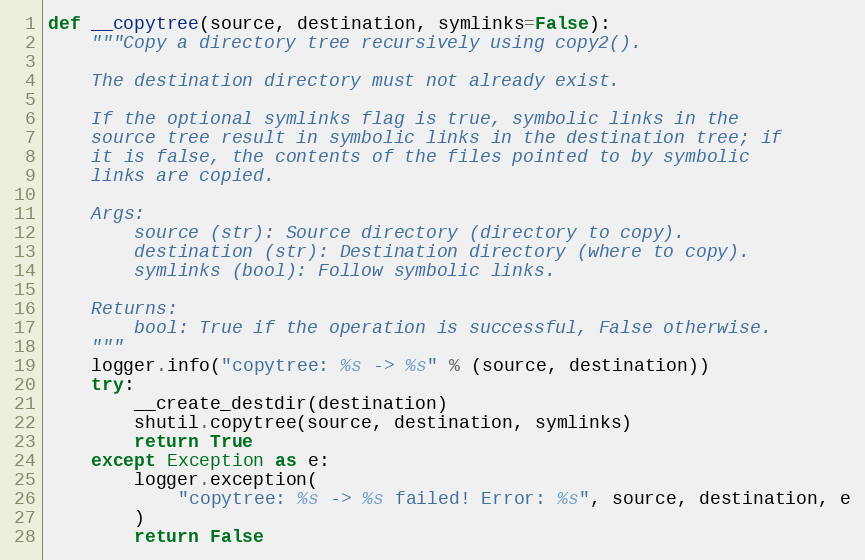
Language: Python
def __copytree(source, destination, symlinks=False):
    """Copy a directory tree recursively using copy2().

    The destination directory must not already exist.

    If the optional symlinks flag is true, symbolic links in the
    source tree result in symbolic links in the destination tree; if
    it is false, the contents of the files pointed to by symbolic
    links are copied.

    Args:
        source (str): Source directory (directory to copy).
        destination (str): Destination directory (where to copy).
        symlinks (bool): Follow symbolic links.

    Returns:
        bool: True if the operation is successful, False otherwise.
    """
    logger.info("copytree: %s -> %s" % (source, destination))
    try:
        __create_destdir(destination)
        shutil.copytree(source, destination, symlinks)
        return True
    except Exception as e:
        logger.exception(
            "copytree: %s -> %s failed! Error: %s", source, destination, e
        )
        return False